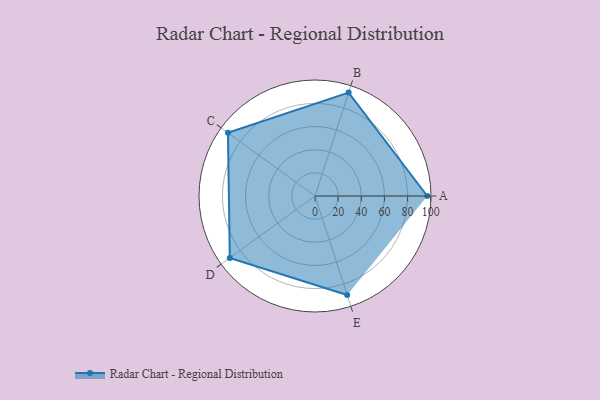
{"axis": {"x": "Skill", "y": "Score"}, "legend": ["Profile"], "data": [{"x": "A", "y": 97.0, "type": "Profile"}, {"x": "B", "y": 94.0, "type": "Profile"}, {"x": "C", "y": 93.0, "type": "Profile"}, {"x": "D", "y": 91.0, "type": "Profile"}, {"x": "E", "y": 90.0, "type": "Profile"}]}